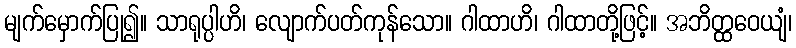
မျက်မှောက်ပြု၍။ သာရုပ္ပါဟိ၊ လျောက်ပတ်ကုန်သော။ ဂါထာဟိ၊ ဂါထာတို့ဖြင့်။ အဘိတ္ထဝေယျံ၊